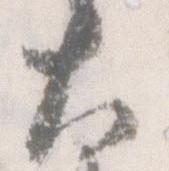
大